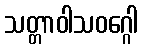
သတ္တာဝါသဝဂ္ဂေါ